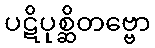
ပဋိပုစ္ဆိတဗ္ဗော